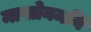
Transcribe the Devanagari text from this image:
माखोनमनि